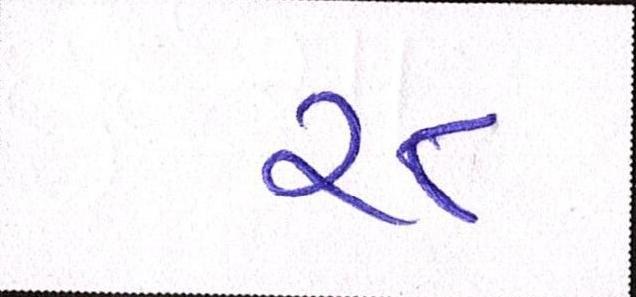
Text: ૨૮